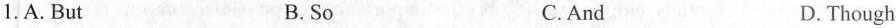
1.A. But B.So C.And D. Though